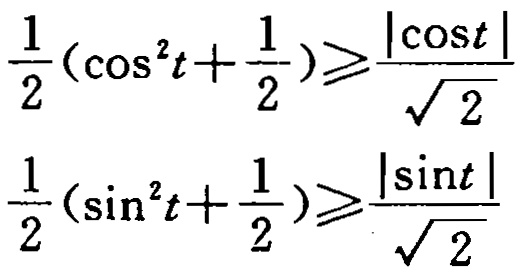
\[\frac{1}{2}(\cos^{2}t + \frac{1}{2})\geqslant\frac{|\cos t|}{\sqrt{2}}\]
\[\frac{1}{2}(\sin^{2}t + \frac{1}{2})\geqslant\frac{|\sin t|}{\sqrt{2}}\]